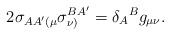
\begin{align*}2\sigma _{AA^{\prime }(\mu }\sigma _{\nu )}^{BA^{\prime }}=\delta_{A}{}^{B}g_{\mu \nu }. \end{align*}